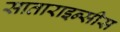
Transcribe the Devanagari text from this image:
साताराइन्सीस